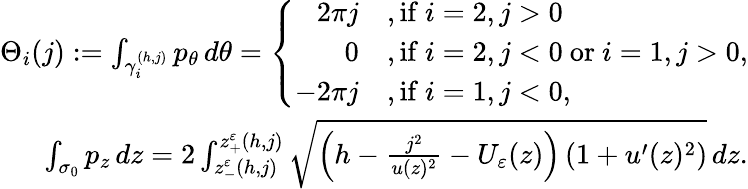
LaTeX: \begin{array}{r}{\Theta_{i}(j):=\int_{\gamma_{i}^{(h,j)}}p_{\theta}\, d\theta=\left\{ \begin{array}{ll}{\begin{array}{rl}{2\pi j}&{,\mathrm{if~}i=2,j>0}\\ {0}&{,\mathrm{if~}i=2,j<0\mathrm{~or~}i=1,j>0,}\\ {-2\pi j}&{,\mathrm{if~}i=1,j<0,}\end{array}}\end{array}\right.}\\ {\int_{\sigma_{0}}p_{z}\, dz=2\int_{z_{-}^{\varepsilon}(h,j)}^{{z_{+}^{\varepsilon}(h,j)}}\sqrt{\left(h-\frac{j^{2}}{u(z)^{2}}-U_{\varepsilon}(z)\right)\left(1+u^{\prime}(z)^{2}\right)}\, dz.}\end{array}